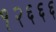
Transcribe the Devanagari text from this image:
१२६६६